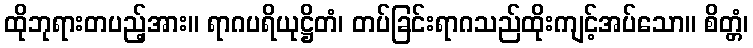
ထိုဘုရားတပည့်အား။ ရာဂပရိယုဋ္ဌိတံ၊ တပ်ခြင်းရာဂသည်ထိုးကျင့်အပ်သော။ စိတ္တံ၊